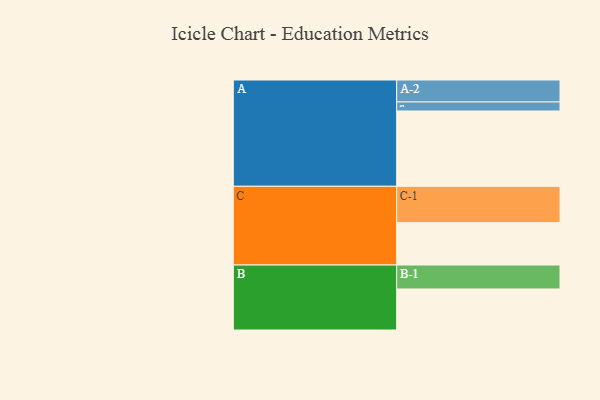
{"axis": {"x": "Segment", "y": "Value"}, "legend": ["", "A", "B", "C"], "data": [{"x": "A", "y": 576, "type": ""}, {"x": "B", "y": 314, "type": ""}, {"x": "C", "y": 324, "type": ""}, {"x": "A-1", "y": 69, "type": "A"}, {"x": "A-2", "y": 168, "type": "A"}, {"x": "B-1", "y": 183, "type": "B"}, {"x": "C-1", "y": 278, "type": "C"}]}